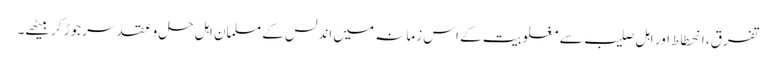
تفرق، انحطاط اور اہلِ صلیب سے مغلوبیت کے اس زمانہ میں اندلس کے مسلمان اہلِ حل وعقد سر جوڑ کر بیٹھے۔